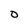
Character: o